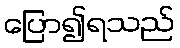
ပြော၍ရသည်